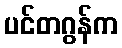
ပင်တဂွန်က